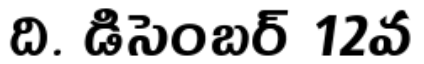
ది. డిసెంబర్ 12వ